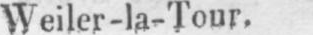
Weiler-la-Tour.